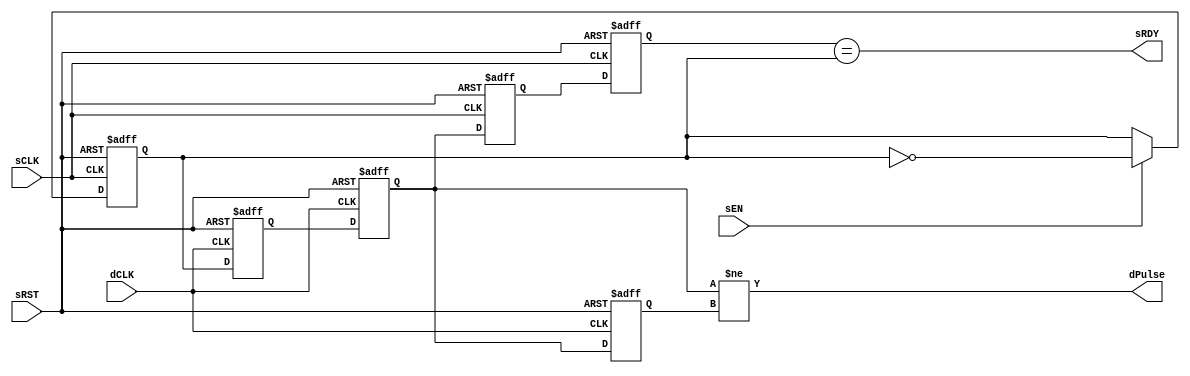
// Copyright (c) 2000-2013 Bluespec, Inc.

// Permission is hereby granted, free of charge, to any person obtaining a copy
// of this software and associated documentation files (the "Software"), to deal
// in the Software without restriction, including without limitation the rights
// to use, copy, modify, merge, publish, distribute, sublicense, and/or sell
// copies of the Software, and to permit persons to whom the Software is
// furnished to do so, subject to the following conditions:

// The above copyright notice and this permission notice shall be included in
// all copies or substantial portions of the Software.

// THE SOFTWARE IS PROVIDED "AS IS", WITHOUT WARRANTY OF ANY KIND, EXPRESS OR
// IMPLIED, INCLUDING BUT NOT LIMITED TO THE WARRANTIES OF MERCHANTABILITY,
// FITNESS FOR A PARTICULAR PURPOSE AND NONINFRINGEMENT. IN NO EVENT SHALL THE
// AUTHORS OR COPYRIGHT HOLDERS BE LIABLE FOR ANY CLAIM, DAMAGES OR OTHER
// LIABILITY, WHETHER IN AN ACTION OF CONTRACT, TORT OR OTHERWISE, ARISING FROM,
// OUT OF OR IN CONNECTION WITH THE SOFTWARE OR THE USE OR OTHER DEALINGS IN
// THE SOFTWARE.
//
// $Revision: 30617 $
// $Date: 2013-02-20 17:47:41 +0000 (Wed, 20 Feb 2013) $

`ifdef BSV_ASSIGNMENT_DELAY
`else
  `define BSV_ASSIGNMENT_DELAY
`endif

`ifdef BSV_POSITIVE_RESET
  `define BSV_RESET_VALUE 1'b1
  `define BSV_RESET_EDGE posedge
`else
  `define BSV_RESET_VALUE 1'b0
  `define BSV_RESET_EDGE negedge
`endif


//
// Transfer takes 2 dCLK to see data,
// sRDY recovers takes 2 dCLK + 2 sCLK
module SyncHandshake(
                     sCLK,
                     sRST,
                     dCLK,
                     sEN,
                     sRDY,
                     dPulse
                     );
   parameter init = 1'b0;
   parameter delayreturn = 1'b0;

   // Source clock port signal
   input     sCLK ;
   input     sRST ;
   input     sEN ;
   output    sRDY ;

   // Destination clock port signal
   input     dCLK ;
   output    dPulse ;

   // Flops to hold data
   reg       dSyncReg1, dSyncReg2 ;
   reg       dLastState ;
   reg       sToggleReg ;
   reg       sSyncReg1, sSyncReg2 ;

   // Output signal
   assign    dPulse = dSyncReg2 != dLastState ;
   assign    sRDY = sSyncReg2 == sToggleReg;
   wire      ackValue = delayreturn ? dLastState : dSyncReg2 ;

   always @(posedge sCLK or `BSV_RESET_EDGE sRST)
     begin
        if (sRST == `BSV_RESET_VALUE)
           begin
              sSyncReg1  <= `BSV_ASSIGNMENT_DELAY ! init ; // Reset hi so sRDY is low during reset
              sSyncReg2  <= `BSV_ASSIGNMENT_DELAY ! init ;
              sToggleReg <= `BSV_ASSIGNMENT_DELAY init ;
           end
        else
           begin

              // hadshake return synchronizer
              sSyncReg1 <= `BSV_ASSIGNMENT_DELAY ackValue ;// clock domain crossing
              sSyncReg2 <= `BSV_ASSIGNMENT_DELAY sSyncReg1 ;

              // Pulse send
              if ( sEN )
                begin
                   sToggleReg <= `BSV_ASSIGNMENT_DELAY ! sToggleReg ;
                end // if ( sEN )

           end
     end // always @ (posedge sCLK or `BSV_RESET_EDGE sRST)

   always @(posedge dCLK or `BSV_RESET_EDGE sRST)
     begin
        if (sRST == `BSV_RESET_VALUE)
          begin
             dSyncReg1  <= `BSV_ASSIGNMENT_DELAY init;
             dSyncReg2  <= `BSV_ASSIGNMENT_DELAY init;
             dLastState <= `BSV_ASSIGNMENT_DELAY init ;
          end
        else
           begin
              dSyncReg1 <= `BSV_ASSIGNMENT_DELAY sToggleReg ;// domain crossing
              dSyncReg2 <= `BSV_ASSIGNMENT_DELAY dSyncReg1 ;
              dLastState <= `BSV_ASSIGNMENT_DELAY dSyncReg2 ;
           end
     end // always @ (posedge dCLK or `BSV_RESET_EDGE sRST)

`ifdef BSV_NO_INITIAL_BLOCKS
`else // not BSV_NO_INITIAL_BLOCKS
   // synopsys translate_off
   initial
      begin
         dSyncReg1 = init ;
         dSyncReg2 = init ;
         dLastState = init ;

         sToggleReg = init ;
         sSyncReg1 = ! init ;
         sSyncReg2 = ! init ;

      end // initial begin
   // synopsys translate_on
`endif // BSV_NO_INITIAL_BLOCKS

endmodule // HandshakeSync